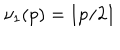
\nu _ { 1 } ( p ) = \lfloor p / 2 \rfloor